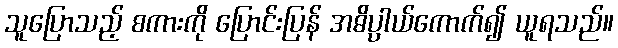
သူပြောသည့် စကားကို ပြောင်းပြန် အဓိပ္ပာယ်ကောက်၍ ယူရသည်။